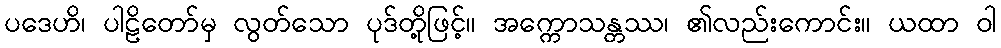
ပဒေဟိ၊ ပါဠိတော်မှ လွတ်သော ပုဒ်တို့ဖြင့်။ အက္ကောသန္တဿ၊ ၏လည်းကောင်း။ ယထာ ဝါ